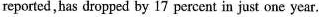
reported,has dropped by 17 percent in just one year.